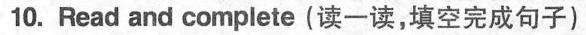
10. Read and complete(读一读,填空完成句子)